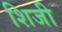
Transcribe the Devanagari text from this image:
शिजी